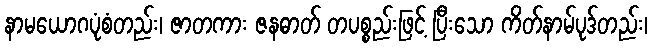
နာမယောဂပုံစံတည်း၊ ဇာတကား ဇနဓာတ် တပစ္စည်းဖြင့် ပြီးသော ကိတ်နာမ်ပုဒ်တည်း၊